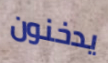
يدخنون